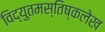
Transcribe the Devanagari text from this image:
विद्युतमस्तिष्कलेख